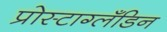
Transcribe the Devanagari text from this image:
प्रोस्टाग्लँडिन